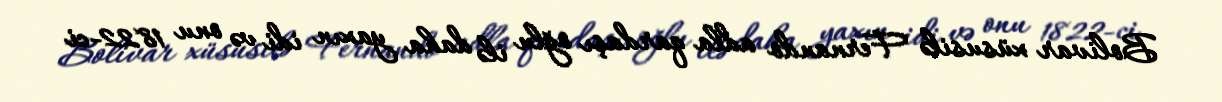
Bolivar xüsusilə Fernando adla qardaşı oğlu ilə daha yaxın idi və onu 1822-ci